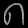
Digit: ၈